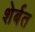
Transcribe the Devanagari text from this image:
शेर्बत